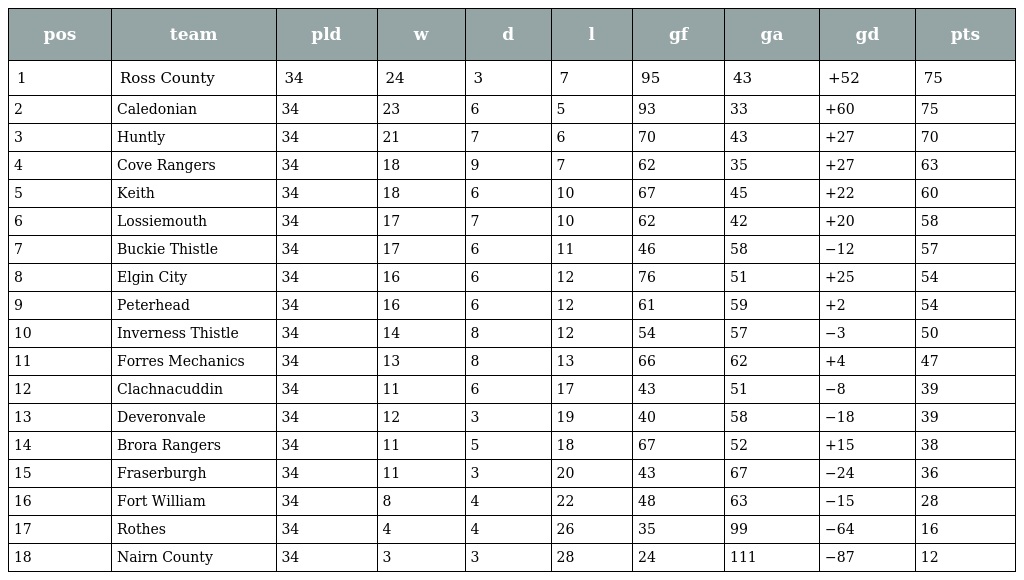
| pos | team | pld | w | d | l | gf | ga | gd | pts |
 | --- | --- | --- | --- | --- | --- | --- | --- | --- | --- |
 | 1 | Ross County | 34 | 24 | 3 | 7 | 95 | 43 | +52 | 75 |
 | 2 | Caledonian | 34 | 23 | 6 | 5 | 93 | 33 | +60 | 75 |
 | 3 | Huntly | 34 | 21 | 7 | 6 | 70 | 43 | +27 | 70 |
 | 4 | Cove Rangers | 34 | 18 | 9 | 7 | 62 | 35 | +27 | 63 |
 | 5 | Keith | 34 | 18 | 6 | 10 | 67 | 45 | +22 | 60 |
 | 6 | Lossiemouth | 34 | 17 | 7 | 10 | 62 | 42 | +20 | 58 |
 | 7 | Buckie Thistle | 34 | 17 | 6 | 11 | 46 | 58 | −12 | 57 |
 | 8 | Elgin City | 34 | 16 | 6 | 12 | 76 | 51 | +25 | 54 |
 | 9 | Peterhead | 34 | 16 | 6 | 12 | 61 | 59 | +2 | 54 |
 | 10 | Inverness Thistle | 34 | 14 | 8 | 12 | 54 | 57 | −3 | 50 |
 | 11 | Forres Mechanics | 34 | 13 | 8 | 13 | 66 | 62 | +4 | 47 |
 | 12 | Clachnacuddin | 34 | 11 | 6 | 17 | 43 | 51 | −8 | 39 |
 | 13 | Deveronvale | 34 | 12 | 3 | 19 | 40 | 58 | −18 | 39 |
 | 14 | Brora Rangers | 34 | 11 | 5 | 18 | 67 | 52 | +15 | 38 |
 | 15 | Fraserburgh | 34 | 11 | 3 | 20 | 43 | 67 | −24 | 36 |
 | 16 | Fort William | 34 | 8 | 4 | 22 | 48 | 63 | −15 | 28 |
 | 17 | Rothes | 34 | 4 | 4 | 26 | 35 | 99 | −64 | 16 |
 | 18 | Nairn County | 34 | 3 | 3 | 28 | 24 | 111 | −87 | 12 |